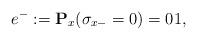
LaTeX: \begin{align*}e^-:=\mathbf{P}_x(\sigma_{x-}=0)=01,\end{align*}